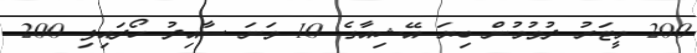
200 މީޓަރު ދުވުމުން ބިޔަ އޭޝިއާގެ 10 ވަނަ ސާއިދު ހޯދައިފި 200